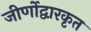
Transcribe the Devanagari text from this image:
जीर्णोद्वारकृत